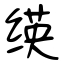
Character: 绬